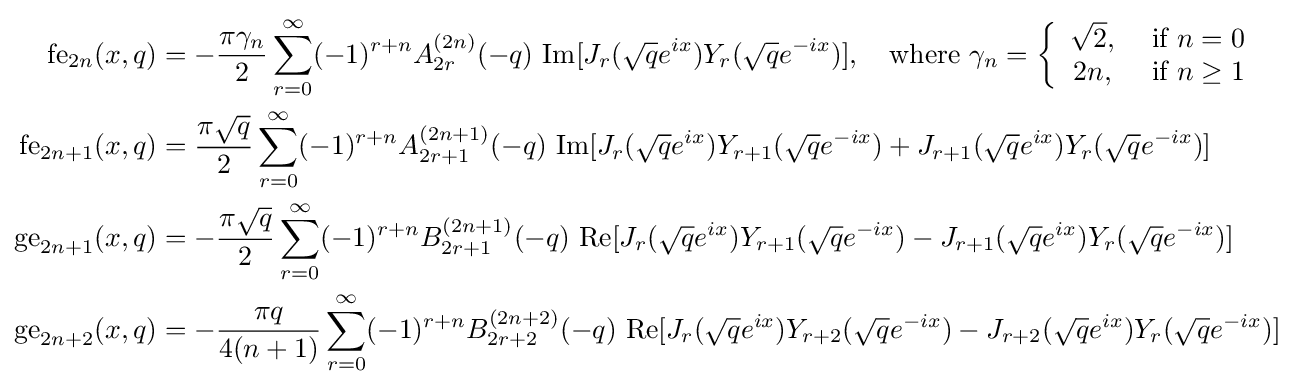
{\begin{aligned}{\text{fe}}_{2n}(x,q)&=-{\frac {\pi \gamma _{n}}{2}}\sum _{r=0}^{\infty }(-1)^{r+n}A_{2r}^{(2n)}(-q)\ {\text{Im}}[J_{r}({\sqrt {q}}e^{ix})Y_{r}({\sqrt {q}}e^{-ix})],\quad {\text{where  }}\gamma _{n}=\left\{{\begin{array}{cc}{\sqrt {2}},&{\text{ if }}n=0\\2n,&{\text{ if }}n\geq 1\end{array}}\right.\\{\text{fe}}_{2n+1}(x,q)&={\frac {\pi {\sqrt {q}}}{2}}\sum _{r=0}^{\infty }(-1)^{r+n}A_{2r+1}^{(2n+1)}(-q)\ {\text{Im}}[J_{r}({\sqrt {q}}e^{ix})Y_{r+1}({\sqrt {q}}e^{-ix})+J_{r+1}({\sqrt {q}}e^{ix})Y_{r}({\sqrt {q}}e^{-ix})]\\{\text{ge}}_{2n+1}(x,q)&=-{\frac {\pi {\sqrt {q}}}{2}}\sum _{r=0}^{\infty }(-1)^{r+n}B_{2r+1}^{(2n+1)}(-q)\ {\text{Re}}[J_{r}({\sqrt {q}}e^{ix})Y_{r+1}({\sqrt {q}}e^{-ix})-J_{r+1}({\sqrt {q}}e^{ix})Y_{r}({\sqrt {q}}e^{-ix})]\\{\text{ge}}_{2n+2}(x,q)&=-{\frac {\pi q}{4(n+1)}}\sum _{r=0}^{\infty }(-1)^{r+n}B_{2r+2}^{(2n+2)}(-q)\ {\text{Re}}[J_{r}({\sqrt {q}}e^{ix})Y_{r+2}({\sqrt {q}}e^{-ix})-J_{r+2}({\sqrt {q}}e^{ix})Y_{r}({\sqrt {q}}e^{-ix})]\end{aligned}}